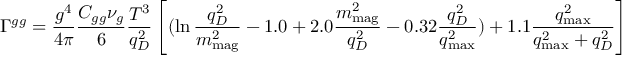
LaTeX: \Gamma ^ { g g } = \frac { g ^ { 4 } } { 4 \pi } \frac { C _ { g g } \nu _ { g } } { 6 } \frac { T ^ { 3 } } { q _ { D } ^ { 2 } } \left[ ( \ln \frac { q _ { D } ^ { 2 } } { m _ { \mathrm { m a g } } ^ { 2 } } - 1 . 0 + 2 . 0 \frac { m _ { \mathrm { m a g } } ^ { 2 } } { q _ { D } ^ { 2 } } - 0 . 3 2 \frac { q _ { D } ^ { 2 } } { q _ { \mathrm { m a x } } ^ { 2 } } ) + 1 . 1 \frac { q _ { \mathrm { m a x } } ^ { 2 } } { q _ { \mathrm { m a x } } ^ { 2 } + q _ { D } ^ { 2 } } \right] \; ,